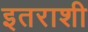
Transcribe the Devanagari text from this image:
इतराशी